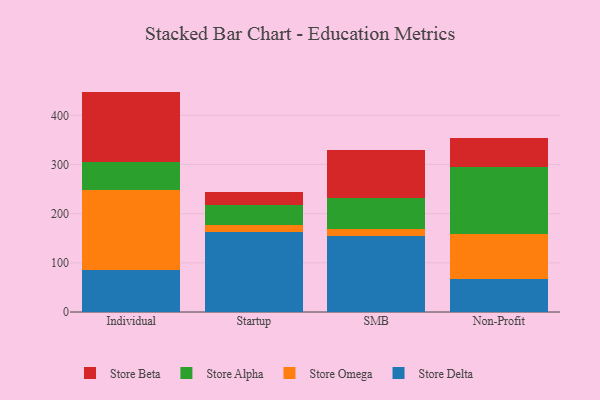
{"axis": {"x": "Segment", "y": "Revenue (USD Million)"}, "legend": ["Store Alpha", "Store Beta", "Store Delta", "Store Omega"], "data": [{"x": "Individual", "y": 84.8, "type": "Store Delta"}, {"x": "Individual", "y": 162.9, "type": "Store Omega"}, {"x": "Individual", "y": 58.1, "type": "Store Alpha"}, {"x": "Individual", "y": 142.4, "type": "Store Beta"}, {"x": "Startup", "y": 163.4, "type": "Store Delta"}, {"x": "Startup", "y": 14.4, "type": "Store Omega"}, {"x": "Startup", "y": 38.8, "type": "Store Alpha"}, {"x": "Startup", "y": 27.0, "type": "Store Beta"}, {"x": "SMB", "y": 154.7, "type": "Store Delta"}, {"x": "SMB", "y": 13.4, "type": "Store Omega"}, {"x": "SMB", "y": 64.6, "type": "Store Alpha"}, {"x": "SMB", "y": 97.3, "type": "Store Beta"}, {"x": "Non-Profit", "y": 67.6, "type": "Store Delta"}, {"x": "Non-Profit", "y": 90.7, "type": "Store Omega"}, {"x": "Non-Profit", "y": 136.0, "type": "Store Alpha"}, {"x": "Non-Profit", "y": 60.5, "type": "Store Beta"}]}